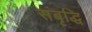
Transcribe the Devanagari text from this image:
संबृद्धि